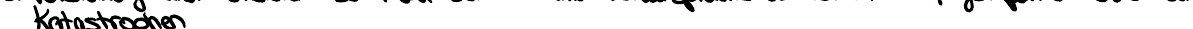
Katastrophen